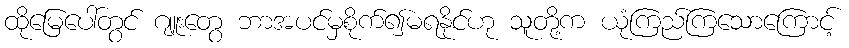
ထိုမြေပေါ်တွင် ဂျူးတွေ ဘာအပင်မှစိုက်၍မရနိုင်ဟု သူတို့က ယုံကြည်ကြသောကြောင့်